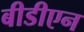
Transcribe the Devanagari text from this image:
बीडीएन